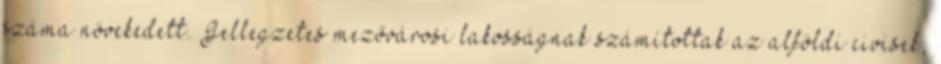
száma növekedett. Jellegzetes mezővárosi lakosságnak számítottak az alföldi civisek,